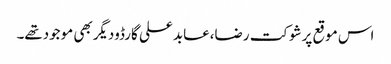
اس موقع پرشوکت رضا،عابد علی گارڈودیگربھی موجودتھے۔